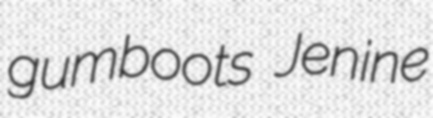
gumboots Jenine